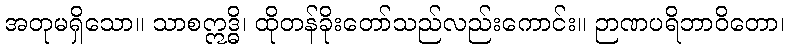
အတုမရှိသော။ သာစဣဒ္ဓိ၊ ထိုတန်ခိုးတော်သည်လည်းကောင်း။ ဉာဏပရိဘာဝိတော၊